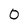
Character: 0